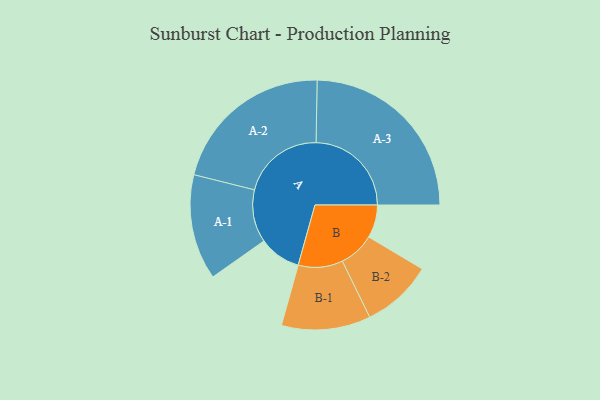
{"axis": {"x": "Segment", "y": "Value"}, "legend": ["", "A", "B"], "data": [{"x": "A", "y": 130, "type": ""}, {"x": "B", "y": 102, "type": ""}, {"x": "A-1", "y": 163, "type": "A"}, {"x": "A-2", "y": 255, "type": "A"}, {"x": "A-3", "y": 295, "type": "A"}, {"x": "B-1", "y": 138, "type": "B"}, {"x": "B-2", "y": 110, "type": "B"}]}